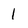
Character: 1